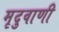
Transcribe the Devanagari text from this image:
मृदुवाणी